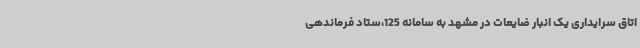
اتاق سرایداری یک انبار ضایعات در مشهد به سامانه 125،ستاد فرماندهی